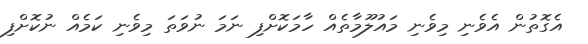
އެގޮތުން އެވެނި މިވެނި މައުލޫމާތެއް ހާމަކޮށްފި ނަމަ ނުވަތަ މިވެނި ކަމެއް ނުކޮށްފި